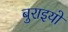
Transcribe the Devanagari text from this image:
बुराइयो